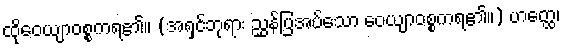
ထိုဝေယျာဝစ္စကရ၏။ (အရှင်ဘုရား ညွှန်ပြအပ်သော ဝေယျာဝစ္စကရ၏။) ဟတ္ထေ၊